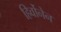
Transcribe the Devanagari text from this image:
हिर्वोनेन